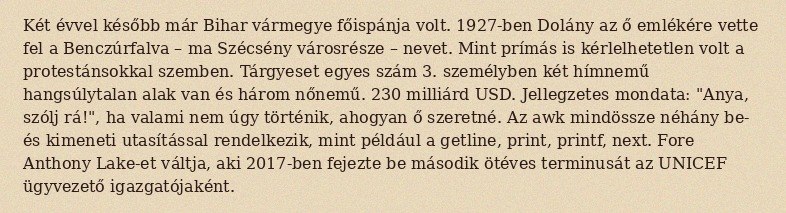
Két évvel később már Bihar vármegye főispánja volt. 1927-ben Dolány az ő emlékére vette fel a Benczúrfalva – ma Szécsény városrésze – nevet. Mint prímás is kérlelhetetlen volt a protestánsokkal szemben. Tárgyeset egyes szám 3. személyben két hímnemű hangsúlytalan alak van és három nőnemű. 230 milliárd USD. Jellegzetes mondata: "Anya, szólj rá!", ha valami nem úgy történik, ahogyan ő szeretné. Az awk mindössze néhány be- és kimeneti utasítással rendelkezik, mint például a getline, print, printf, next. Fore Anthony Lake-et váltja, aki 2017-ben fejezte be második ötéves terminusát az UNICEF ügyvezető igazgatójaként.